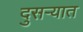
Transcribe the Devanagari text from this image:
दुसर्‍यात